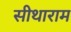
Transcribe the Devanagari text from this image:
सीथाराम